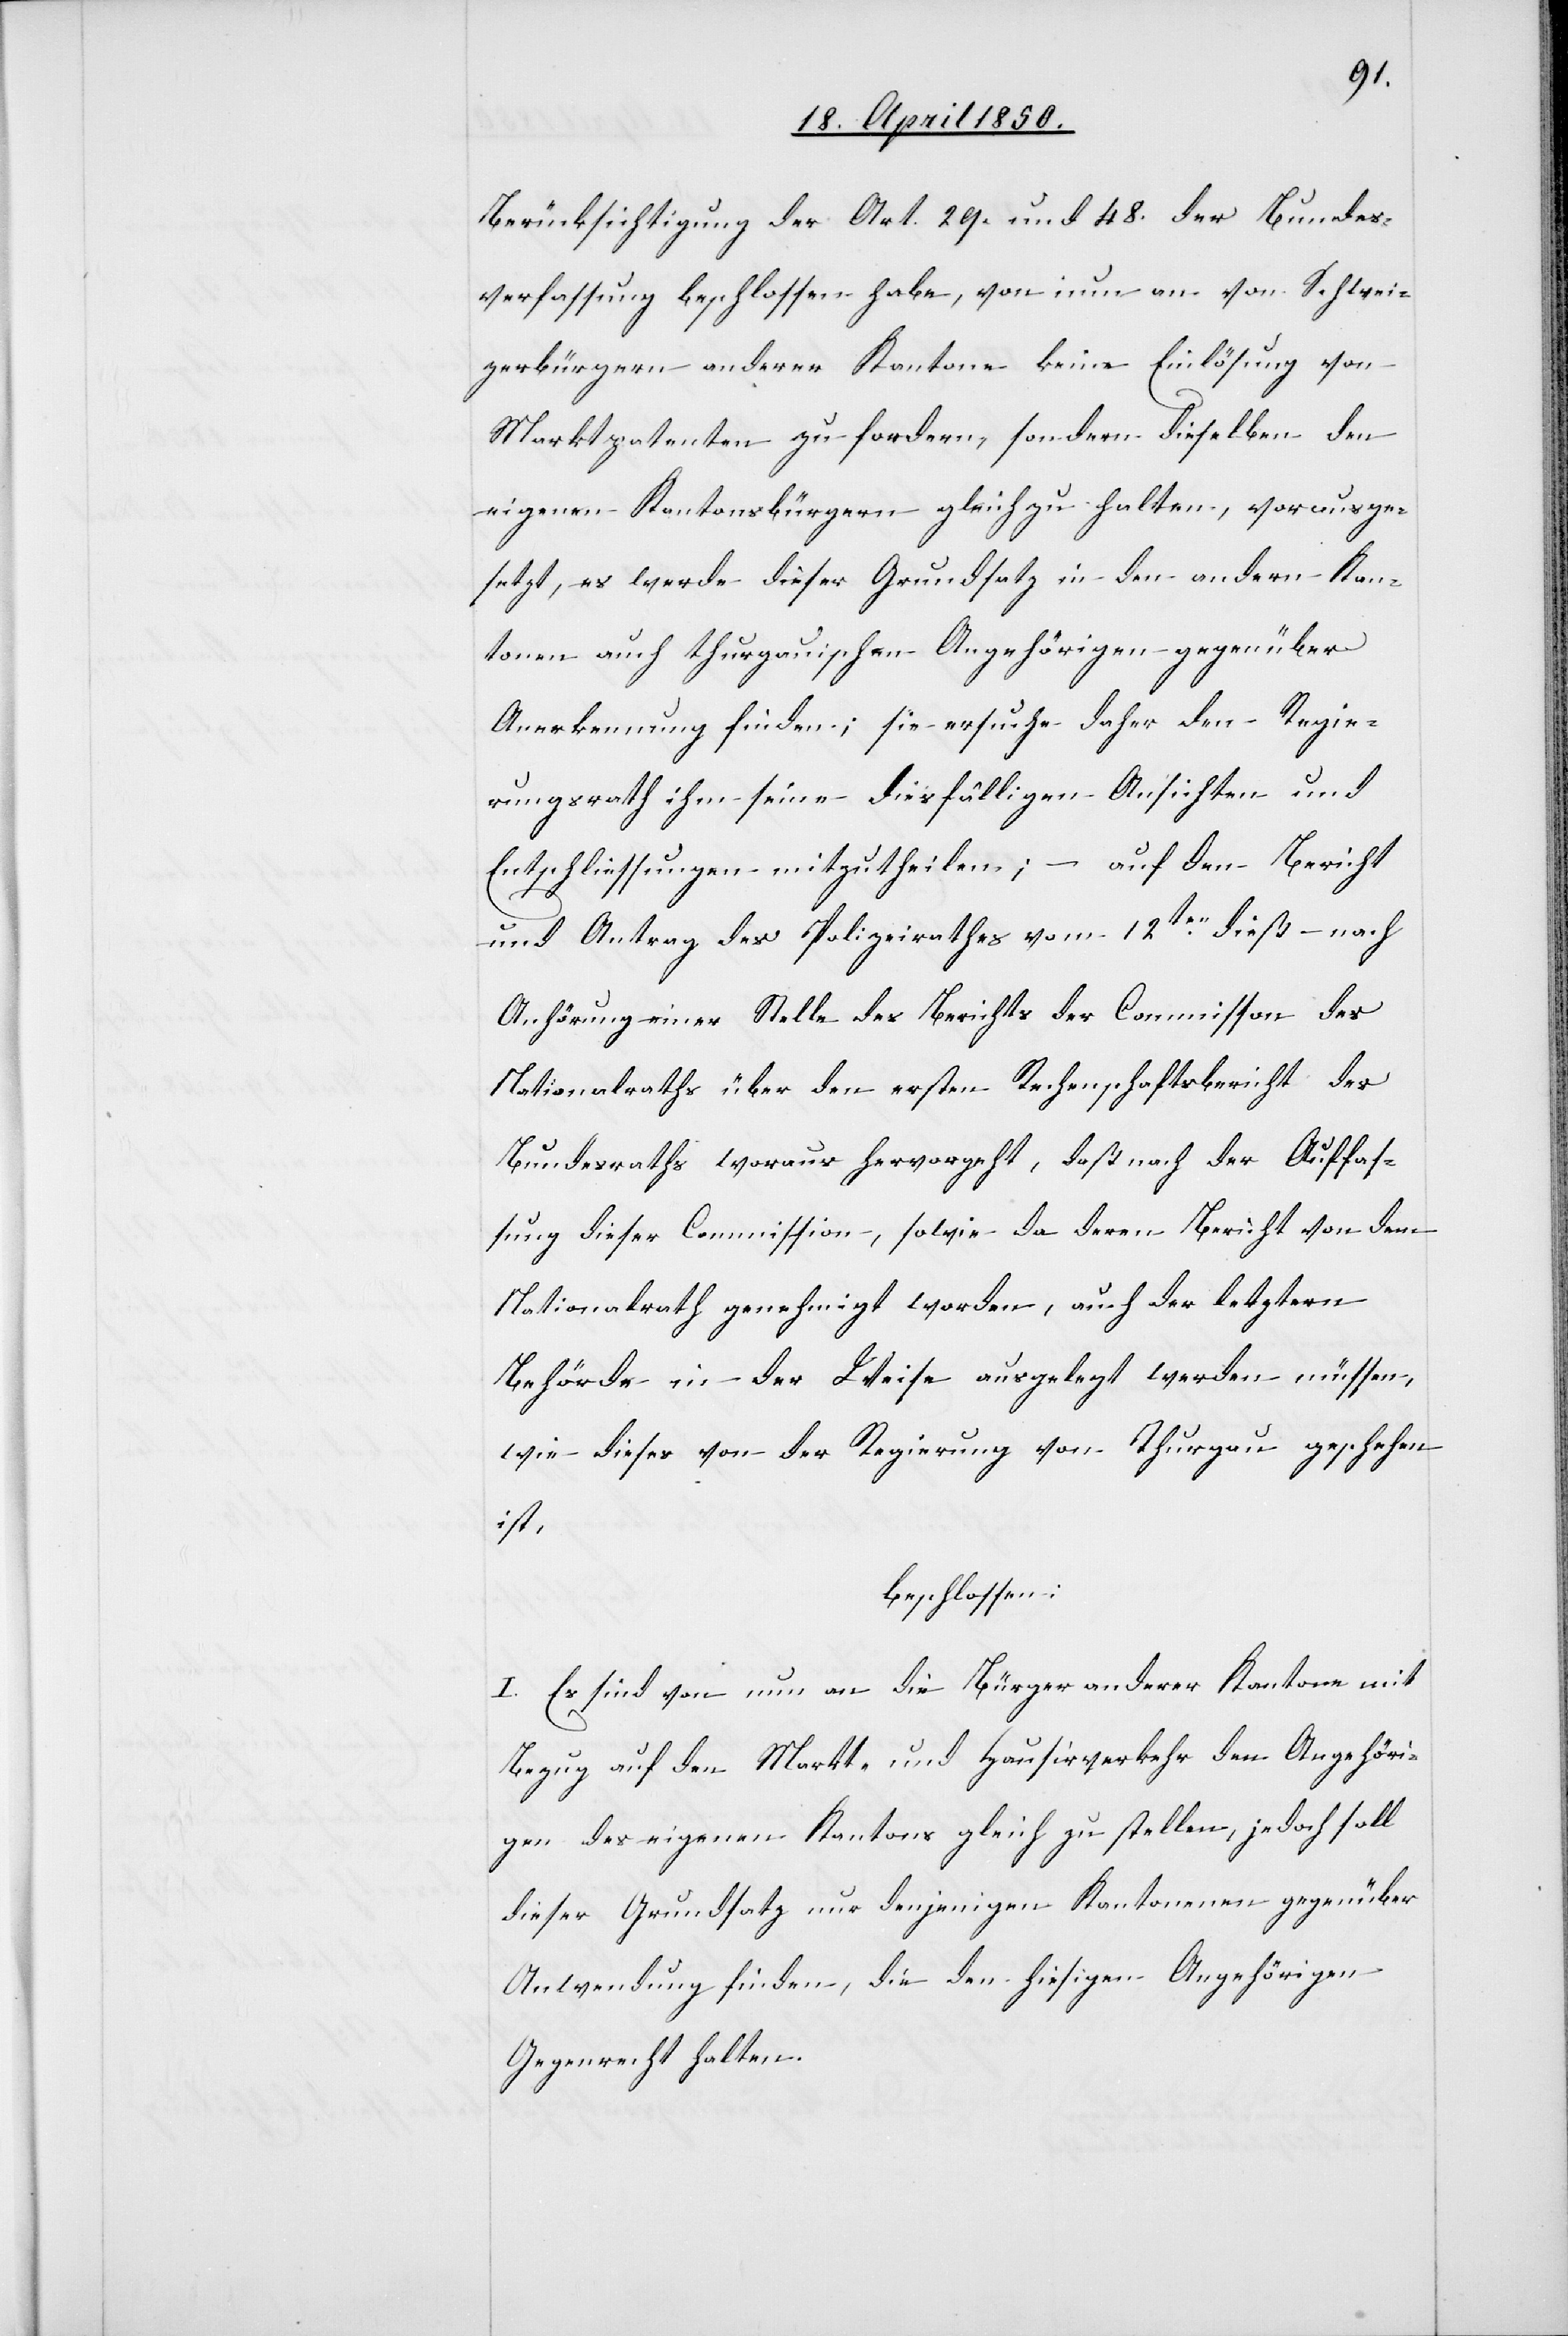
Berücksichtigung der Art. 29. und 48. der Bundes¬
verfassung beschlossen habe, von nun an von Schwei¬
zerbürgern anderer Kantone keine Einlösung von
Marktpatenten zu fordern, sondern dieselben den
eigenen Kantonsbürgern gleich zu halten, vorausge¬
setzt, es werde dieser Grundsatz in den andern Kan¬
tonen auch thurgauischen Angehörigen gegenüber
Anerkennung finden; sie ersuche daher den Regie¬
rungsrath ihm seine diesfälligen Ansichten und
Entschliessungen mitzutheilen; – auf den Bericht
und Antrag des Polizeirathes vom 12ten dieß – nach
Anhörung einer Stelle des Berichts der Commission des
Nationalraths über den ersten Rechenschaftsbericht des
Bundesraths woraus hervorgeht, daß nach der Auffas¬
sung dieser Commission, sowie da deren Bericht von dem
Nationalrath genehmigt worden, auch der letztern
Behörde in der Weise ausgelegt werden müssen,
wie dieses von der Regierung von Thurgau geschehen
ist,
beschlossen:
I. Es sind von nun an die Bürger anderer Kantone mit
Bezug auf den Markt- und Hausirverkehr den Angehöri¬
gen des eigenen Kantons gleich zu stellen, jedoch soll
dieser Grundsatz nur denjenigen Kantonen gegenüber
Anwendung finden, die den hiesigen Angehörigen
Gegenrecht halten.